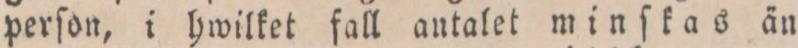
perſon, i hwilket fall autalet minſkas än